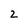
Character: 2